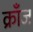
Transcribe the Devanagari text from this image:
क्राँज